Lunatic asylums Bombay report 1878-1890 - 1878-1890
Year: 1878
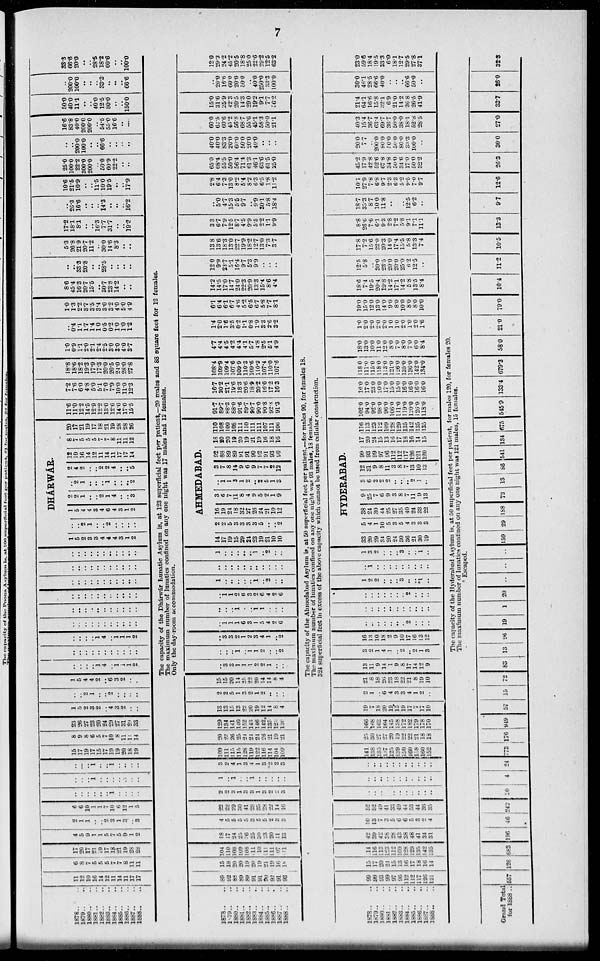
7
1878.. ..
1879.. ..
1880.. ..
1881.. ..
1882.. ..
1883.. ..
1884.. ..
1885.. ..
1886.. ..
1887.. ..
1888.. ..
11
12
10
16
14
12
11
14
11
17
17
6
8
7
5
5
5
7
7
8
11
11
17
20
17
21
19
17
18
21
19
28
28
4
5
9 1
1
5
7
5 9 1
2
2
1
1
..
.. 2
3
1
3
.. 3
6
6
10
1
1
7
10
0
12
1
5
..
..
..
..
..
.. 1
..
..
..
..
..
..
.. 1
..
..
..
..
..
..
..
..
..
.. 1
..
.. 1
..
..
..
..
15
17
19
17
15
17
19
19
20
18
19
8
9
8
6
5
7
10
8
11
11
14
23
26
27
23
20
24
29
27
31
29
33
1
5
2
3
2
.. 4
3
2
..
..
..
.. 2
1
..
.. 2
.. ...
..
..
1
5
4
4
2
.. 6
3
2
..
..
..
..
..
.. 1
4
.. 1
1
1
2
..
..
..
..
..
..
..
..
..
..
..
..
..
..
.. 1
4
.. 1
1
1
2
..
..
..
..
..
..
..
..
..
..
..
..
..
..
..
..
..
..
..
..
..
..
..
..
..
..
..
..
..
..
..
..
..
..
..
..
..
..
..
..
..
..
..
..
..
..
..
..
..
..
..
..
..
..
..
..
..
..
..
..
..
..
..
..
..
..
DHÁRWÁR.
1
5
2
3
3
4
4
4
3
1
2
..
.. 2
1
..
.. 2
..
.. ..
..
1
5
4
4
3
4
6
4
3
1
2
2
2
1
..
.. 2
1
4
..
.. 3
..
2
1
..
..
.. 1
..
..
.. 2
2
4
2
..
.. 2
2
4
..
.. 5
12
10
16
14
12
11
14
11
17
17
14
8
7
5
5
5
7
7
8
11
11
12
20
17
21
19
17
18
21
19
28
28
26
11.6
11.0
12.2
14.5
12.9
12.2
13.0
12.6
14.0
17.0
15.5
7.2
7.6
6.0
4.8
5.0
5.1
7.0
7.9
10.0
11.0
12.3
18.8
18.6
18.2
19.3
17.9
17.3
20.0
20.5
24.0
28.0
27.8
1.0
0.9
1.1
2.0
2.1
2.4
2.5
3.0
3.0
4.0
3.7
..
0.4
1.1
1.7
1.4
1.0
0.5
0.2
1.0
1.0
1.2
1.0
1.3
2.2
3.7
3.5
3.4
3.0
3.2
4.0
5.0
4.9
8.6
45.4
16.3
20.7
15.5
..
30.7
23.8
14.2
..
..
..
..
33.3
20.8
..
.. 28.5
..
..
..
..
5.3
26.8
21.9
20.7
11.2
.. 30.0
14.6
8.3
..
..
17.2
18.1
8.1
..
16.3
7.7
31.7
..
.. 19.3
..
26.3
16.6
..
..
.. 14.3
..
..
.. 16.2
10.6
21.5
10.9
..
11.5
10.0
19.5
..
.. 17.9
25.0
100.0
22.2
300.0
200.0
50.0
60.9
22.2
..
..
..
.. 200.0
100.0
..
..
66.6
..
..
..
..
16.6
83.8
40.0
200.0
200.0
.. 54.5
55.0
16.6
..
..
50.0
40.0
11.1
..
.. 40.0
12.5
80.0
..
.. 150.0
..
200.0
100.0
..
..
.. 33.3
.. ..
66.8
33.3
66.6
20.0
..
.. 28.5
18.2
60.6
..
.. 100.0
The capacity of the Dhárwár Lunatic Asylum is, at 123 superficial feet per patient,—20 males and 88 square feet for 12 females.
The maximum number of lunatics confined on any one night was 17 males and 12 females.
Only the day-room accommodation.
1878.. ..
1879.. ..
1880.. ..
1881.. ..
1882.. ..
1883.. ..
1884.. ..
1885.. ..
1886.. ..
1887.. ..
1888.. ..
89
92
88
89
89
91
91
90
92
91
93
15
18
20
20
19
20
19
21
19
16
18
104
110
108
109
108
11
10
111
111
07
111
19
17
24
25
36
25
30
23
20
11
13
4
5
5
5
5
3
5
5
2
3
3
22
22
29
30 41
28
35
2S
22
14
16
2
2
3
1
3
3
1
3
2
2
3
1
.. 1
..
.. 1
..
..
..
..
..
3
2
4
1
3
4
1
3
2
2
3
109
111
115
115
128
119
122
116
114
104
109
20
23
26
25
24
24
24
26
21
19
21
129
134
141
140
152
143
146
142
135
125
130
13
13
15
13
22
20
19
12
14
8
4
2
2
5
1
3
2
1
2
..
..
..
15
15
20
14
25
22
20
14
14
8
4
..
3
3
1
1
1
2
2
1
..
..
..
..
.. 1
.. 1
1
2
..
.. 2
..
3
3
2
1
2
3
4
1
.. 2
..
1
1
1
6
3
1
5
4
2
6
..
..
.. 1
.. .. 1
1
..
..
..
..
1
1
0
6
3
2
6
4
2
6
1
..
..
..
..
.. 1
.. 2
..
..
..
..
..
..
..
..
..
..
..
..
..
1
..
..
..
..
.. 1
.. 2
..
..
AHMEDABAD.
14
17
19
15
29
24
23
19
21
10
10
2
2
5
3
3
3
3
5
..
.. 2
16
19
24
18
32
27
26
24
21
10
12
3
6
7
11
8
4
9
5
2
1
9
..
1
1
3
1
2
.. 2
5
1
3
3
7
8
14
9
6
9
7
7
2
12
92
88
89
89
91
91
90
92
91
93
90
18
20
20
19
20
19
21
19
16
18
16
110
108
109
108
111
110
111
111
107
111
106
91.7
89.7
88.3
88.0
91.6
89.7
90.7
90.0
90.8
92.8
91.3
16.7
20.2
21.1
19.6
18.3
20.6
18.9
20.2
16.6
17.2
16.3
108.4
109.9
109.4
107.6
109.9
110.3
109.6
110.2
107.4
110.0
107.6
4.7
4.4
4.5
4.2
4.4
4.1
5.7
4.8
2.5
6.1
4.9
1.4
2.0
1.6
3.5
0.2
1.1
0.8
1.9
3.3
2.6
3.2
6.1
6.4
6.1
6.7
4.6
5.2
6.5
6.7
5.8
7.7
8.1
14.2
14.5
17.0
14.7
24.0
22.3
20.9
13.3
15.4
8.6
4.4
12.0
9.9
23.7
5.1
16.4
9.7
6.3
9.9
..
..
..
13.8
13.6
18.3
13.0
22.7
19.9
18.2
12.7
13.0
7.3
3.7
3.3
6.7
7.9
12.5
8.7
4.5
9.9
5.5
2.2
1.1
9.9
..
5.0
4.7
15.3
5.5
9.7
.. 9.9
30.1
5.8
18.4
2.8
6.4
7.3
13.0
8.2
5.4
8.2
6.3
6.5
1.8
11.2
65.0
68.4
55.5
50.0
56.4
71.4
61.3
46.1
63.6
61.5
25.0
40.0
40.0
83.3
20.0
60.0
50.0
20.0
40.0
..
..
..
60.0
62.5
60.6
45.2
56.8
68.7
55.6
45.1
58.3
50.0
21.1
15.0
31.6
25.9
42.3
20.5
14.3
29.0
19.2
9.1
7.7
56.2
..
20.0
16.6
60.0
20.0
50.0
.. 40.0
250.0
33.3
100.0
12.0
29.3
24.2
45.2
20.5
18.8
25.0
22.6
29.2
12.5
63.2
The capacity of the Ahmedabad Asylum is at 50 superficial feet per patient,—for males 90, for females 18.
The maximum number of lunatics confined on any one night was 93 males, 18 females.
324 superficial feet in excess of the above capacity which cannot be used from cellular construction.
1878.. ..
1879.. ..
1889.. ..
1881.. ..
1882.. ..
1883.. ..
1884.. ..
1885.. ..
1886.. ..
1857.. ..
1888.. ..
99
99
93
99
97
96
112
112
117
126
121
10
17
20
24
15
13
16
17
18
16
14
114
116
113
123
112
109
128
129
135
142
135
42
39
42
38
28
43
38
48
41
34
31
10
13
7
3
5
6
6
5
3
2
4
52
52
49
41
33
49
44
53
44
36
35
..
..
..
..
.. ..
..
..
..
..
..
..
..
..
..
..
..
..
..
..
..
..
..
..
..
..
..
.
..
..
..
..
..
141
138
135
l37
125
139
150
160
158
160
152
25
30
27
27
20
19
22
22
21
18
18
166
168
162
164
145
158
172
182
179
178
170
19
7
18
20
19
15
19
17
7
17
10
2
1
.. 6
4
3
3
4
1
2
..
21
8
18
26
23
18
22
21
8
19
10
13
11
9
14
1
9
8
17
14
12
9
3
2
1
4
1
.. 2
.. 2
1
3
16
13
10
18
2
9
10
17
16
13
12
..
..
..
..
..
..
.. 2
..
..
..
..
..
..
..
..
..
..
..
..
..
..
..
..
..
..
..
.. 2
..
..
..
1
2
2
..
..
.. 3
..
.. *1
..
..
1
..
..
..
..
..
..
..
..
..
1
3
2
..
..
.. 3
..
.. 1
..
HYDERABAD.
33
20
29
34
20
24
30
36
21
30
19
5
4
1
10
5
3
5
4
3
3
3
38
24
30
44
25
27
35
40
24
33
22
9
25
7
6
9
3
8
7
11
9
13
3
6
2
2
2
.. ..
.. 2
1
..
12
31
9
8
11
3
8
7
13
10
13
99
93
99
97
96
112
112
117
126
121
120
17
20
24
15
13
16
17
18
16
14
15
116
113
123
112
109
128
129
135
142
135
135
102.0
94.0
92.0
98.0
96.0
106.0
111.0
119.0
120.0
126.0
118.0
16.0
17.0
23.0
20.0
17.0
15.0
15.0
16.0
16.0
16.0
160
118.0
111.0
115.0
118.0
113.0
121.0
126.0
135.0
136.0
142.0
134.0
18.0
130
10.0
11.0
120
8.0
7.0
8.0
7.0
6.0
8.4
1.0
2 0
2.0
2 0
2.0
1.0
1.0
2.0
1.0
2.0
1.6
19.0
15.0
12.0
13.0
14.0
9.0
8.0
10.0
8.0
8.0
10.0
18.6
7.4
19.5
20.4
19.8
14.2
17.1
14.2
5.8
13.5
8.4
12.5
5.8
.. 30.0
23.5
20.0
20.0
25.0
6.2
12.5
..
17.8
7.2
15.6
22.0
20.3
14.0
17.4
15.5
5.8
13.3
7.4
8.8
26.6
7.6
6.1
9.3
2.8
7.2
5.8
9.1
7.1
11.1
18.7
35.3
8.7
10.0
11.8
..
.. 12.5
6.2
..
10.1
27.9
7.8
6.8
9.7
2.3
6.3
5.2
9.5
7.0
97
45.2
17.9
42.8
52.6
67.8
34.8
50.0
34.6
17.0
50.0
32.2
20.0
7.7
.. 200.0
80.0
50.0
50.0
80.0
33.3
100.0
..
40.3
15.4
36.7
63.4
69.7
36.7
50.0
38.0
18.1
52.8
28.5
21.4
64.1
16.6
15.8
32.1
6.9
21.0
14.2
26.8
26.5
41.9
30.0
45.l
28.5
66.6
40.0
..
..
.. 66.6
50.0
..
23.0
59.6
18.4
19.5
33.3
6.0
18.1
12.7
29.5
27.8
37.1
The capacity of the Hyderabad Asylum is, at 50 superficial feet per patient, for males 120, for females 20.
The maximum number of lunatics confined on any one night was 121 males, 15 females.
* Escaped.
Grand Total
for 1888.. 557 126 683 196 46 242 20
4 24 773 176 949 57 15 72 83 13 96 19
1 20
.. .. ..
159 29 188 73 13 86 541 134 675 545.9 133.4 679.3 58.0
21.0
79.0
10.4
11.2
10.5 13.3
9.7
12.6 26.3 30.0 27.0 33.7
26.0 32.3